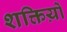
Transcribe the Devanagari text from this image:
शक्तिय़ों